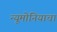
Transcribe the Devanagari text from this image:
न्यूमोनियाचा